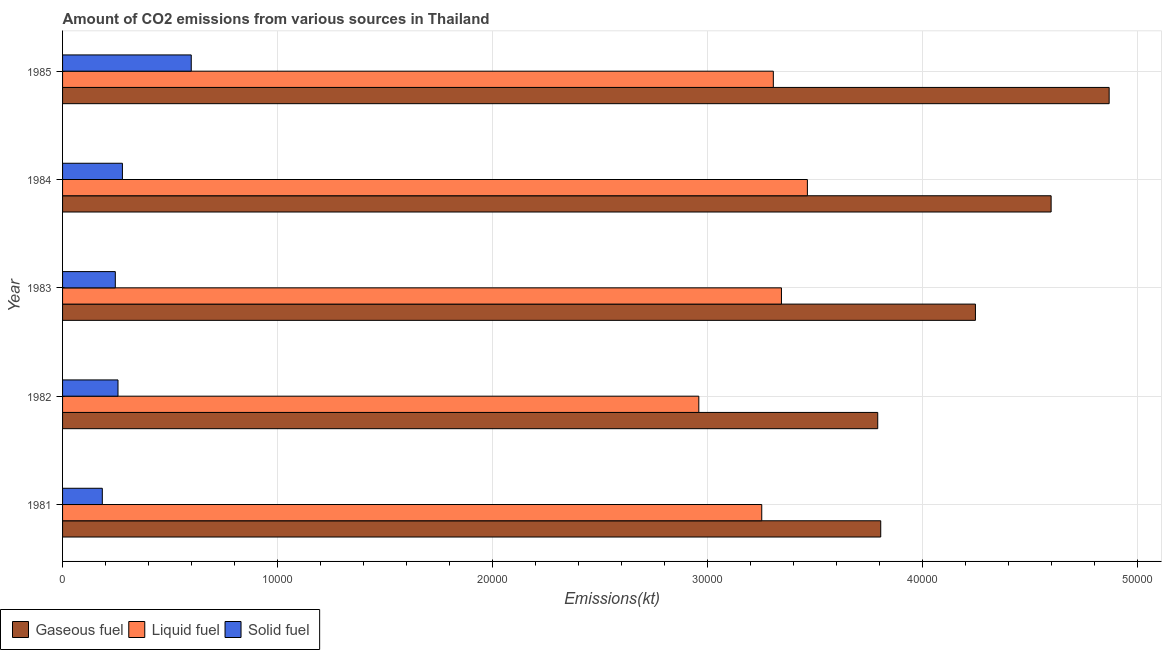
| Year | Gaseous fuel | Liquid fuel | Solid fuel |
 | --- | --- | --- | --- |
 | 1981 | 3.8e+04 | 3.25e+04 | 1.85e+03 |
 | 1982 | 3.79e+04 | 2.96e+04 | 2.58e+03 |
 | 1983 | 4.25e+04 | 3.34e+04 | 2.45e+03 |
 | 1984 | 4.6e+04 | 3.46e+04 | 2.78e+03 |
 | 1985 | 4.87e+04 | 3.31e+04 | 5.98e+03 |